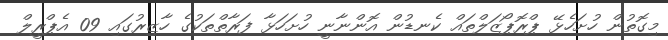
މިގޮތުން ހުށަހެޅޭ ޕްރޮޕޯޒަލްތައް ކެނޑުން އޮންނާނީ ހުށަހަޅާ ފަރާތްތަކުގެ ހާޒިރުގައި 09 އެޕްރީލް